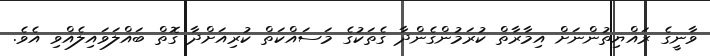
ވާނީގެ ރައްޔިތުންނަށް އިމާރާތް ކުރަމުންގެންދާ ގެތަކުގެ މަސައްކަތް ކުރިއަށްދާ ގޮތް ބައްލަވައިލެއްވި އެވެ.